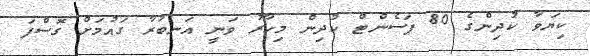
ކިޔަވާ ކުދިންގެ 80 ޕަސެންޓް ކުދިން މިހާރު ވަނީ އަނބުރާ ގައުމަށް ގޮސްފަ